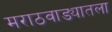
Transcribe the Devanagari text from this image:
मराठवाड्यातला